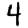
Digit: 4